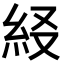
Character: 𥾤